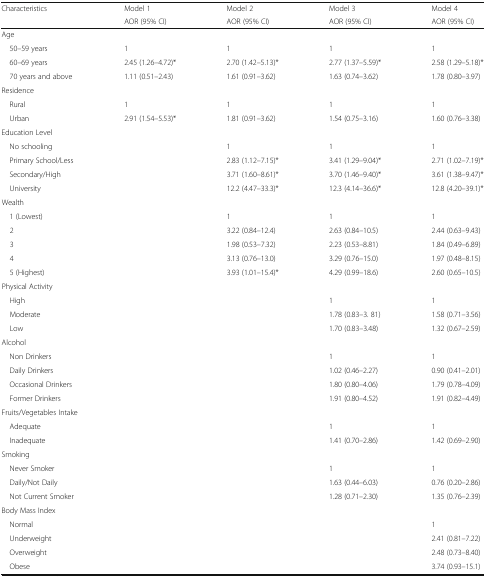
<table><thead><tr><td rowspan="2"><b>Characteristics</b></td><td><b>Model 1</b></td><td><b>Model 2</b></td><td><b>Model 3</b></td><td><b>Model 4</b></td></tr><tr><td><b>AOR (95% CI)</b></td><td><b>AOR (95% CI)</b></td><td><b>AOR (95% CI)</b></td><td><b>AOR (95% CI)</b></td></tr></thead><tbody><tr><td colspan="5">Age</td></tr><tr><td> 50–59 years</td><td>1</td><td>1</td><td>1</td><td>1</td></tr><tr><td> 60–69 years</td><td>2.45 (1.26–4.72)*</td><td>2.70 (1.42–5.13)*</td><td>2.77 (1.37–5.59)*</td><td>2.58 (1.29–5.18)*</td></tr><tr><td> 70 years and above</td><td>1.11 (0.51–2.43)</td><td>1.61 (0.91–3.62)</td><td>1.63 (0.74–3.62)</td><td>1.78 (0.80–3.97)</td></tr><tr><td colspan="5">Residence</td></tr><tr><td> Rural</td><td>1</td><td>1</td><td>1</td><td>1</td></tr><tr><td> Urban</td><td>2.91 (1.54–5.53)*</td><td>1.81 (0.91–3.62)</td><td>1.54 (0.75–3.16)</td><td>1.60 (0.76–3.38)</td></tr><tr><td colspan="5">Education Level</td></tr><tr><td> No schooling</td><td></td><td>1</td><td>1</td><td>1</td></tr><tr><td> Primary School/Less</td><td></td><td>2.83 (1.12–7.15)*</td><td>3.41 (1.29–9.04)*</td><td>2.71 (1.02–7.19)*</td></tr><tr><td> Secondary/High</td><td></td><td>3.71 (1.60–8.61)*</td><td>3.70 (1.46–9.40)*</td><td>3.61 (1.38–9.47)*</td></tr><tr><td> University</td><td></td><td>12.2 (4.47–33.3)*</td><td>12.3 (4.14–36.6)*</td><td>12.8 (4.20–39.1)*</td></tr><tr><td colspan="5">Wealth</td></tr><tr><td> 1 (Lowest)</td><td></td><td>1</td><td>1</td><td>1</td></tr><tr><td> 2</td><td></td><td>3.22 (0.84–12.4)</td><td>2.63 (0.84–10.5)</td><td>2.44 (0.63–9.43)</td></tr><tr><td> 3</td><td></td><td>1.98 (0.53–7.32)</td><td>2.23 (0.53–8.81)</td><td>1.84 (0.49–6.89)</td></tr><tr><td> 4</td><td></td><td>3.13 (0.76–13.0)</td><td>3.29 (0.76–15.0)</td><td>1.97 (0.48–8.15)</td></tr><tr><td> 5 (Highest)</td><td></td><td>3.93 (1.01–15.4)*</td><td>4.29 (0.99–18.6)</td><td>2.60 (0.65–10.5)</td></tr><tr><td colspan="5">Physical Activity</td></tr><tr><td> High</td><td></td><td></td><td>1</td><td>1</td></tr><tr><td> Moderate</td><td></td><td></td><td>1.78 (0.83–3. 81)</td><td>1.58 (0.71–3.56)</td></tr><tr><td> Low</td><td></td><td></td><td>1.70 (0.83–3.48)</td><td>1.32 (0.67–2.59)</td></tr><tr><td colspan="5">Alcohol</td></tr><tr><td> Non Drinkers</td><td></td><td></td><td>1</td><td>1</td></tr><tr><td> Daily Drinkers</td><td></td><td></td><td>1.02 (0.46–2.27)</td><td>0.90 (0.41–2.01)</td></tr><tr><td> Occasional Drinkers</td><td></td><td></td><td>1.80 (0.80–4.06)</td><td>1.79 (0.78–4.09)</td></tr><tr><td> Former Drinkers</td><td></td><td></td><td>1.91 (0.80–4.52)</td><td>1.91 (0.82–4.49)</td></tr><tr><td colspan="5">Fruits/Vegetables Intake</td></tr><tr><td> Adequate</td><td></td><td></td><td>1</td><td>1</td></tr><tr><td> Inadequate</td><td></td><td></td><td>1.41 (0.70–2.86)</td><td>1.42 (0.69–2.90)</td></tr><tr><td colspan="5">Smoking</td></tr><tr><td> Never Smoker</td><td></td><td></td><td>1</td><td>1</td></tr><tr><td> Daily/Not Daily</td><td></td><td></td><td>1.63 (0.44–6.03)</td><td>0.76 (0.20–2.86)</td></tr><tr><td> Not Current Smoker</td><td></td><td></td><td>1.28 (0.71–2.30)</td><td>1.35 (0.76–2.39)</td></tr><tr><td>Body Mass Index</td><td></td><td></td><td></td><td></td></tr><tr><td> Normal</td><td></td><td></td><td></td><td>1</td></tr><tr><td> Underweight</td><td></td><td></td><td></td><td>2.41 (0.81–7.22)</td></tr><tr><td> Overweight</td><td></td><td></td><td></td><td>2.48 (0.73–8.40)</td></tr><tr><td> Obese</td><td></td><td></td><td></td><td>3.74 (0.93–15.1)</td></tr></tbody></table>